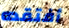
أفتقده